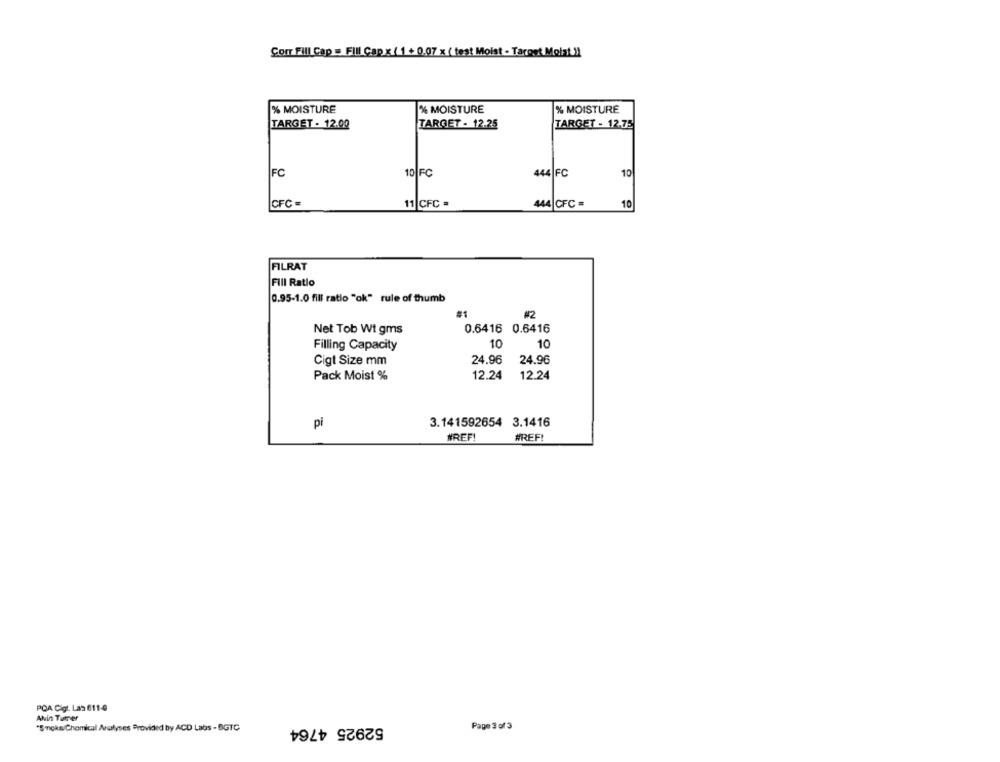
Com Fill Cap . FIIl Cap x ( 1 + 0.07 x ( test Moist - Target Molat !!
% MOISTURE
% MOISTURE
% MOISTURE
TARGET - 12.00
TARGET - 12.25
TARGET - 12.75
FC
10|FC
444 FC
10
CFC -
11 CFC =
444 CFC =
10
FILRAT
Fill Ratio
0.95-1.0 fill ratio "ok" rule of thumb
M2
Net Tob Wt gms
0.6416 0.6416
10
Filling Capacity
10
Cigt Size mm
24.96
24.96
Pack Moist %
12.24
12.24
pi
3.141592654 3.1416
#REF!
#REF!
POA Cigt. Las 611-4
Akin Turer
52925 4764
Page 3 of 3
"Sucks/Chamical Analyses Provided by ACD Labs - BGTC